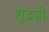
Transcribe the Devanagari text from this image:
शूद्रही